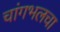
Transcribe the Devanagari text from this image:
चांगभलचा